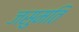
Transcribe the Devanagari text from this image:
जसुमति